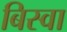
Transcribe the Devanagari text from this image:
बिस्‍वा